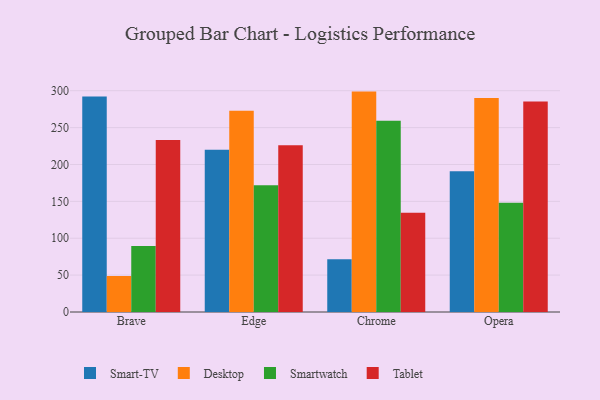
{"axis": {"x": "Browser", "y": "Shipments"}, "legend": ["Desktop", "Smart-TV", "Smartwatch", "Tablet"], "data": [{"x": "Brave", "y": 292.1, "type": "Smart-TV"}, {"x": "Brave", "y": 48.8, "type": "Desktop"}, {"x": "Brave", "y": 89.4, "type": "Smartwatch"}, {"x": "Brave", "y": 233.3, "type": "Tablet"}, {"x": "Edge", "y": 219.8, "type": "Smart-TV"}, {"x": "Edge", "y": 272.7, "type": "Desktop"}, {"x": "Edge", "y": 171.7, "type": "Smartwatch"}, {"x": "Edge", "y": 226.1, "type": "Tablet"}, {"x": "Chrome", "y": 71.5, "type": "Smart-TV"}, {"x": "Chrome", "y": 298.8, "type": "Desktop"}, {"x": "Chrome", "y": 259.3, "type": "Smartwatch"}, {"x": "Chrome", "y": 134.4, "type": "Tablet"}, {"x": "Opera", "y": 190.9, "type": "Smart-TV"}, {"x": "Opera", "y": 290.1, "type": "Desktop"}, {"x": "Opera", "y": 148.1, "type": "Smartwatch"}, {"x": "Opera", "y": 285.5, "type": "Tablet"}]}